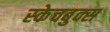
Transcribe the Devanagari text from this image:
स्केचबुक्स